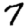
Digit: 7